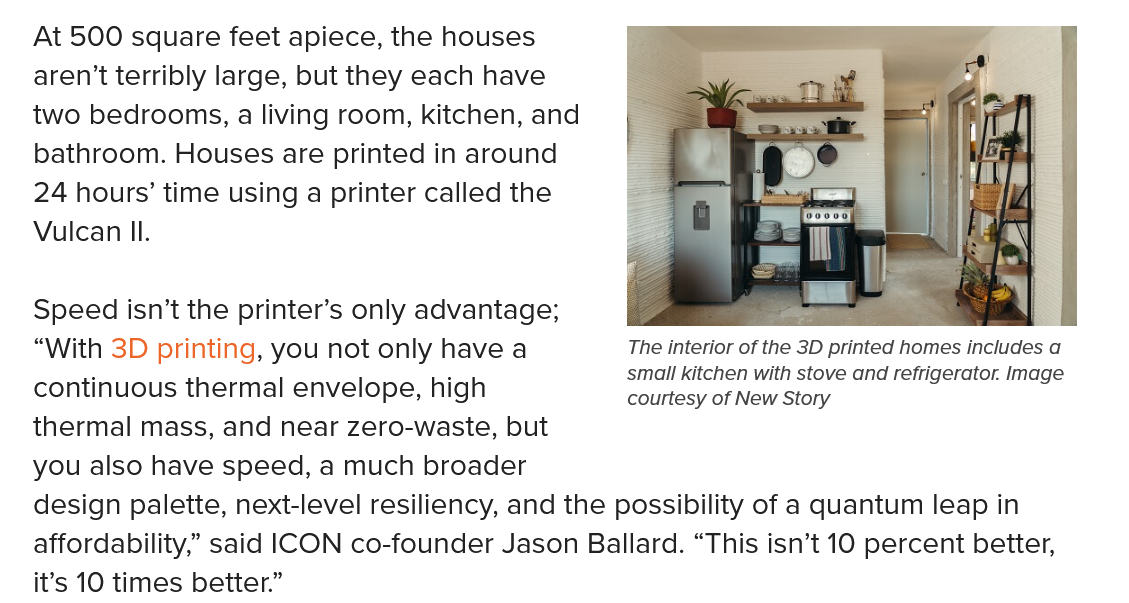
At 500 square feet apiece, the houses
   aren’t terribly large, but they each have
   two bedrooms, a living room, kitchen, and
   bathroom. Houses are printed in around
   24 hours’ time using a printer called the
   Vulcan Il.
   Speed  isn’t the printer’s only advantage;
   “With 3D printing, you not only have a
   continuous thermal envelope, high
   thermal mass, and near zero-waste, but
   you also have speed, a much broader

     The interior of the 3D printed homes includes a
     small kitchen with stove and refrigerator. Image
     courtesy of New Story
   design palette, next-level resiliency, and the possibility of a quantum leap in
   affordability,” said ICON co-founder Jason Ballard. “This isn’t 10 percent better,
   it’s 10 times better.”
     The interior of the 3D printed homes includes a
     small kitchen with stove and refrigerator. Image
     courtesy of New Story